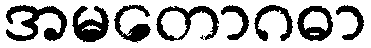
အမတောဂဓာ